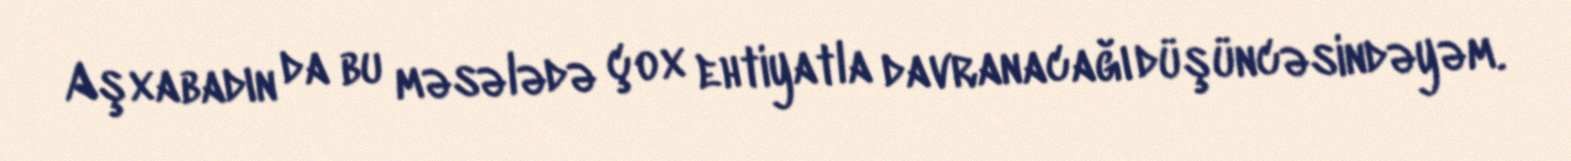
Aşxabadın da bu məsələdə çox ehtiyatla davranacağı düşüncəsindəyəm.